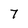
Character: 7